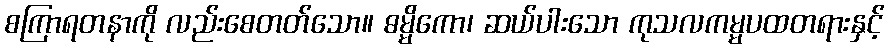
စကြာရတနာကို လည်းစေတတ်သော။ ဓမ္မိကော၊ ဆယ်ပါးသော ကုသလကမ္မပထတရားနှင့်